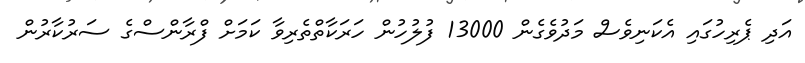
އަދި ޕެރިހުގައި އެކަނިވެސް މަދުވެގެން 13000 ފުލުހުން ހަރަކާތްތެރިވާ ކަމަށް ފްރާންސްގެ ސަރުކާރުން